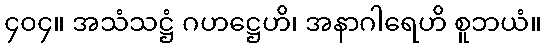
၄၀၄။ အသံသဋ္ဌံ ဂဟဋ္ဌေဟိ၊ အနာဂါရေဟိ စူဘယံ။